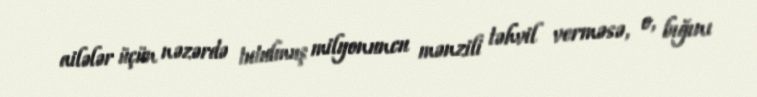
ailələr üçün nəzərdə tutulmuş milyonuncu mənzili təhvil verməsə, o, bığını